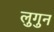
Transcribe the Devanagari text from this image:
लुगुन